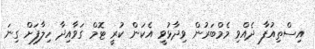
އިސްތިއުފާ ދެއްވި މެމްބަރުން ވިދާޅުވީ އެކަން ކުރީ ޓޮމް ގަވާއިދާ ހިލާފަށް ގިނަ